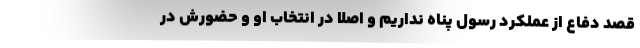
قصد دفاع از عملکرد رسول پناه نداریم و اصلاً در انتخاب او و حضورش در